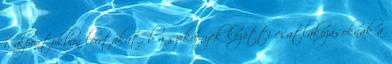
f. alpontokban leírtakat, b a szekrények közötti csatlakozásoknak a